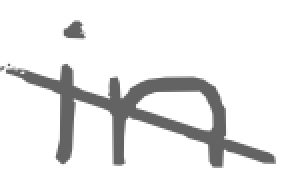
Text: in
Cross-out: diagonal
Writing tool: digital_gray